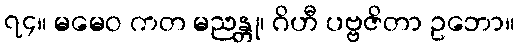
၇၄။ မမေဝ ကတ မညန္တု၊ ဂိဟီ ပဗ္ဗဇိတာ ဥဘော။